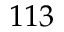
1 1 3